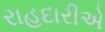
રાહદારીએ